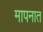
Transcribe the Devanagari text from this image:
मापनात